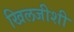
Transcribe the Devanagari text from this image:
खिलजीशी